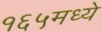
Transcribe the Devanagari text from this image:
१६५मध्ये